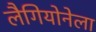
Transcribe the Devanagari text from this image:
लैगियोनेला